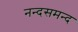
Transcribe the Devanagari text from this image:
नन्‍दसमन्‍द